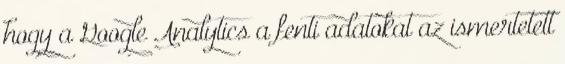
hogy a Google Analytics a fenti adatokat az ismertetett